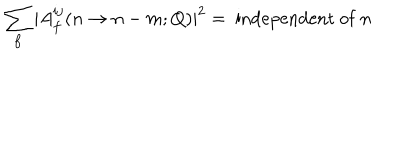
\sum _ { f } | A _ { f } ^ { i j } ( n \to n - m ; Q ) | ^ { 2 } = \mathrm { ~ i n d e p e n d e n t ~ o f ~ } n